Lunatic asylums Central Provinces reports 1874-1885 - 1874-1885
Year: 1874
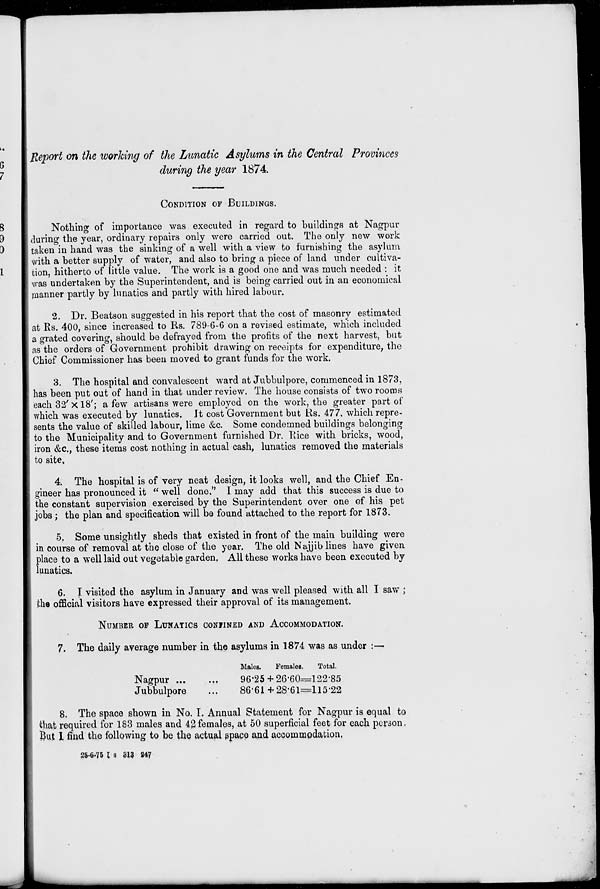
Report on the working of the Lunatic Asylums in the Central Provinces
during the year 1874.
CONDITION OF BUILDINGS.
Nothing of importance was executed in regard to buildings at Nagpur
during the year, ordinary repairs only were carried out. The only new work
taken in hand was the sinking of a well with a view to furnishing the asylum
with a better supply of water, and also to bring a piece of land under cultiva-
tion, hitherto of little value. The work is a good one and was much needed : it
was undertaken by the Superintendent, and is being carried out in an economical
manner partly by lunatics and partly with hired labour.
2. Dr. Beatson suggested in his report that the cost of masonry estimated
at Rs. 400, since increased to Rs. 789-6-6 on a revised estimate, which included
a grated covering, should be defrayed from the profits of the next harvest, but
as the orders of Government prohibit drawing on receipts for expenditure, the
Chief Commissioner has been moved to grant funds for the work.
3. The hospital and convalescent ward at Jubbulpore, commenced in 1873,
has been put out of hand in that under review. The house consists of two rooms
each 32'× 18'; a few artisans were employed on the work, the greater part of
which was executed by lunatics. It cost Government but Rs. 477, which repre-
sents the value of skilled labour, lime &c. Some condemned buildings belonging
to the Municipality and to Government furnished Dr. Rice with bricks, wood,
iron &c., these items cost nothing in actual cash, lunatics removed the materials
to site,
4. The hospital is of very neat design, it looks well, and the Chief En-
gineer has pronounced it " well done." I may add that this success is due to
the constant supervision exercised by the Superintendent over one of his pet
jobs; the plan and specification will be found attached to the report for 1873.
5. Some unsightly sheds that existed in front of the main building were
in course of removal at the close of the year. The old Najjib lines have given
place to a well laid out vegetable garden, All these works have been executed by
lunatics.
6. I visited the asylum in January and was well pleased with all I saw ;
the official visitors have expressed their approval of its management.
NUMBER OF LUNATICS CONFINED AND ACCOMMODATION.
7. The daily average number in the asylums in 1874 was as under :—
Nagpur
...
...
Jubbulpore ...
Males.
96.25
86.61
Females.
26.60
28.61
Total.
122.85
115.22
8. The space shown in No. I. Annual Statement for Nagpur is equal to
that required for 183 males and 42 females, at 50 superficial feet for each person.
But 1 find the following to be the actual space and accommodation,
25-6-75 L S 313 247